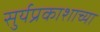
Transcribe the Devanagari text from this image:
सुर्यप्रकाशाच्या